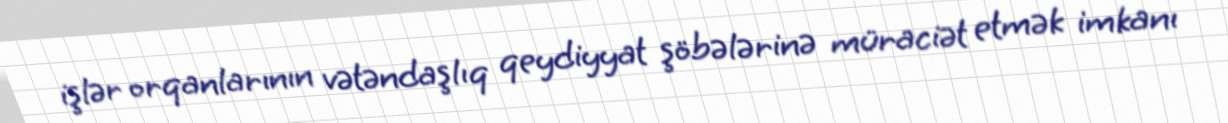
işlər orqanlarının vətəndaşlıq qeydiyyat şöbələrinə müraciət etmək imkanı